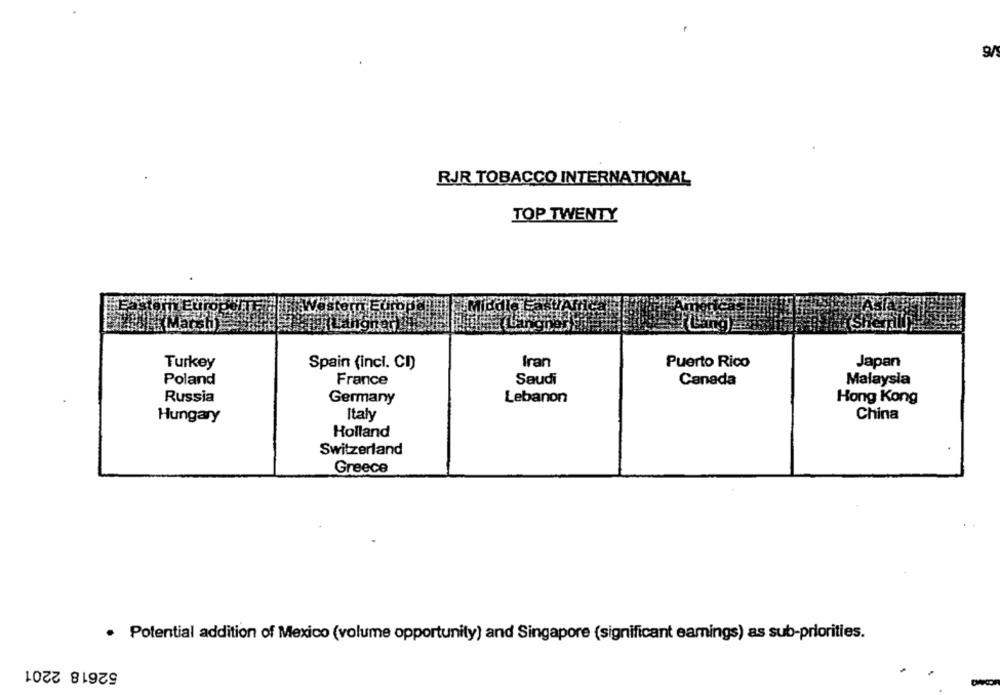
9/
RJR TOBACCO INTERNATIONAL
TOP TWENTY
Turkey
Spain (incl. CI)
Iran
Puerto Rico
Japan
Poland
France
Saudi
Canada
Malaysia
Russia
Germany
Lebanon
Hong Kong
Italy
China
Hungary
Holland
Switzerland
Greece
· Potential addition of Mexico (volume opportunity) and Singapore (significant earnings) as sub-priorities.
52618 2201